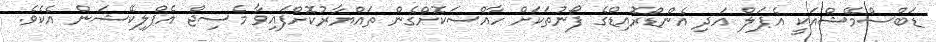
ޑަބްސްމޭޝްއަކީ އެޕަލް އަދި އެންޑްރޮއިޑްގެ ފޯނުތަކަށް ހާއްސަކޮށްގެން ތައްޔާރުކޮށްފައިވާ މެސިޖް އެޕްލިކޭޝަން އެކެވެ.